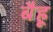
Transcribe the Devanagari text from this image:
बैहू